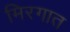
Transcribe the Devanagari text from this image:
मिरगात